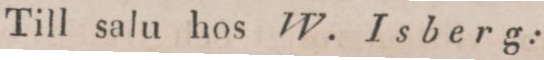
Till salu hos W. Isberg: